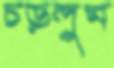
চড়লুম